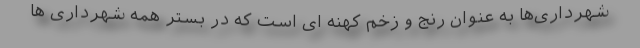
شهرداری‌ها به عنوان رنج و زخم کهنه ای است که در بستر همه شهرداری ها